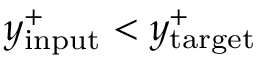
y _ { \mathrm { i n p u t } } ^ { + } < y _ { \mathrm { t a r g e t } } ^ { + }